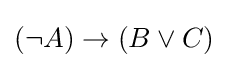
(\neg A)\to (B\lor C)